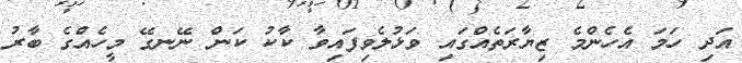
އަދި ހަމަ އެހެންމެ ޒިޔާރަތެއްގައި ވަޅުލެވިފައިވާ ކާކު ކަން ނޭނގޭ މީހެއްގެ ބާރު